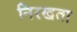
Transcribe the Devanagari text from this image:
निरखता